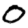
Digit: 0